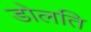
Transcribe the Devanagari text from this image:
डोलति